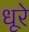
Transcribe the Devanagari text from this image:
धूरे